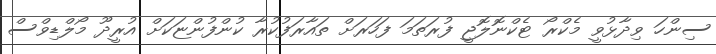
ސިންހަ ވިދާޅުވީ މެކްރޯ ޓެކްނޮލޮޖީ ފުރަތަމަ ފަހަރަށް ތައާރަފުކުރާ ކުންފުންޏަކަށް އުރީދޫ މޯލްޑިވްސް